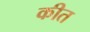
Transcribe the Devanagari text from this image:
कीत